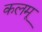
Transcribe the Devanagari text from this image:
कलमू